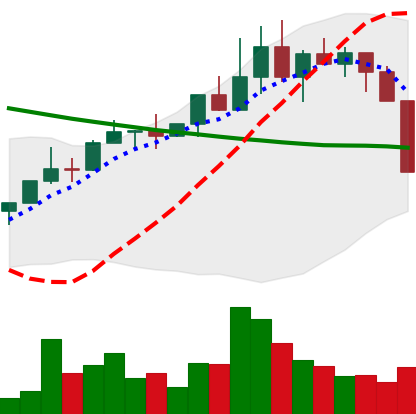
Ticker: NEO-USD
Chart end date: 2022-04-06
Forward return: -12.543%
Label: down_7plus